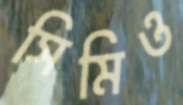
সিমিও